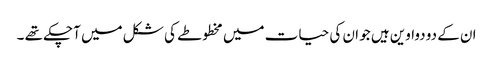
ان کے دو دواوین ہیں جو ان کی حیات میں مخطوطے کی شکل میں آچکے تھے ۔